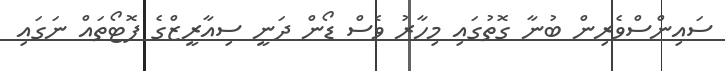
ސައިންސްވެރިން ބުނާ ގޮތުގައި މިހާރު ވެސް ޑޯން ދަނީ ސިއާރީޒްގެ ފޮޓޯތައް ނަގައި